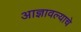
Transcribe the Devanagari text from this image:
आज्ञावल्याचे